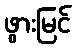
ဖွားမြင်